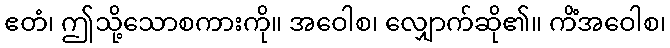
ဧတံ၊ ဤသို့သောစကားကို။ အဝေါစ၊ လျှောက်ဆို၏။ ကိံအဝေါစ၊